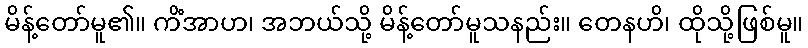
မိန့်တော်မူ၏။ ကိံအာဟ၊ အဘယ်သို့ မိန့်တော်မူသနည်း။ တေနဟိ၊ ထိုသို့ဖြစ်မူ။